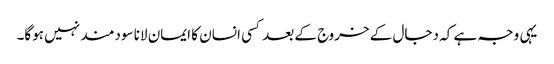
یہی وجہ ہے کہ دجال کے خروج کے بعد کسی انسان کا ایمان لانا سودمند نہیں ہوگا۔